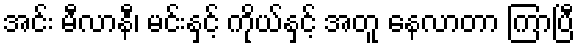
အင်း မီလာနီ၊ မင်းနှင့် ကိုယ်နှင့် အတူ နေလာတာ ကြာပြီ